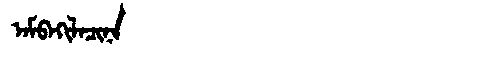
Manchu: ᠠᠮᠪᠠᡴᡳᠯᠠᠴᡳᠨᠠ
Romanization: AMBAKILACINA